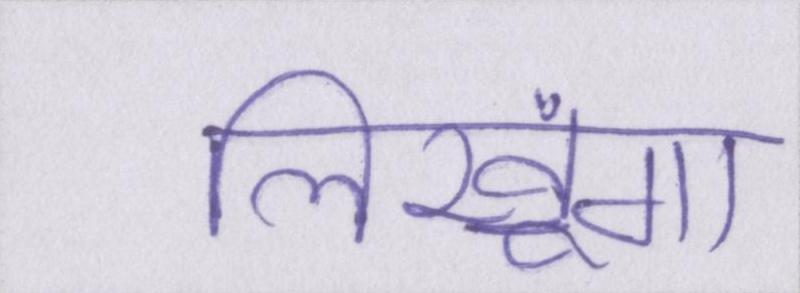
लिखूंगा